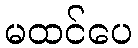
မထင်ပေ